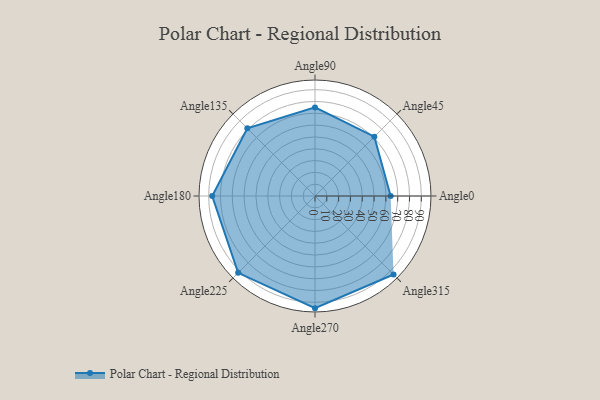
{"axis": {"x": "Angle", "y": "Radius"}, "legend": [""], "data": [{"x": "Angle0", "y": 64.0, "type": ""}, {"x": "Angle45", "y": 71.0, "type": ""}, {"x": "Angle90", "y": 75.0, "type": ""}, {"x": "Angle135", "y": 81.0, "type": ""}, {"x": "Angle180", "y": 87.0, "type": ""}, {"x": "Angle225", "y": 92.0, "type": ""}, {"x": "Angle270", "y": 95.0, "type": ""}, {"x": "Angle315", "y": 94.0, "type": ""}]}